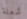
شعلة